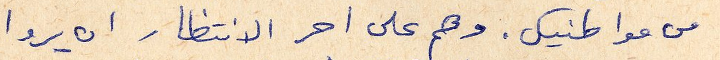
من مواطنيك. وهم على احر الانتظار ان يروا